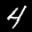
Label: 4